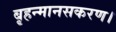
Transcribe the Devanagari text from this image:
बृहन्मानसकरण।